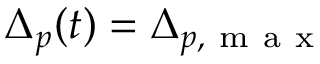
\Delta _ { p } ( t ) = \Delta _ { p , \mathrm { ~ m ~ a ~ x ~ } }